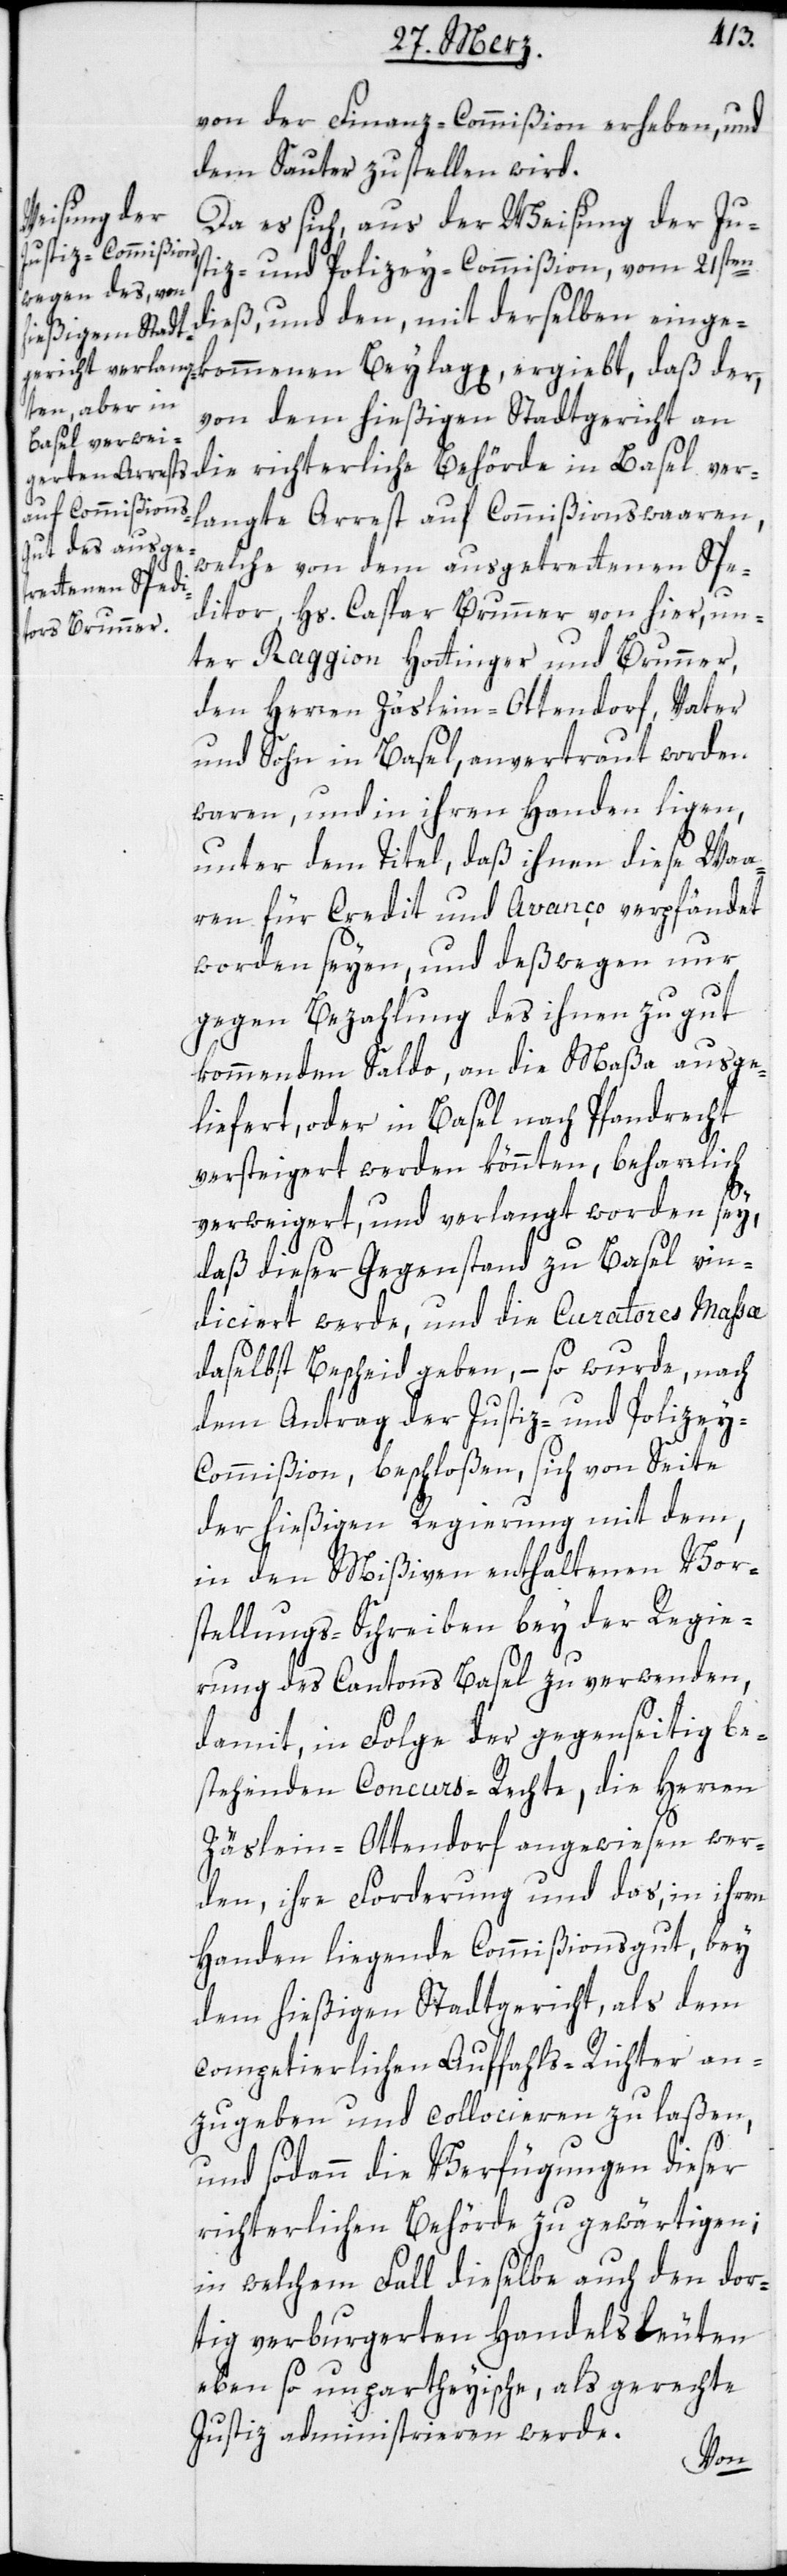
von der Finanz-Commißion erheben, und
dem Sauter zustellen wird.
Da es sich, aus der Weisung der Jus¬
tiz- und Polizey-Commißion, vom 21sten
dieß, und den, mit derselben einge¬
kommenen Beylagg, ergiebt, daß der,
von dem hießigen Stadtgericht an
die richterliche Behörde in Basel ver¬
langte Arrest auf Commißionswaaren,
welche von dem ausgetrettenen Spe¬
ditor, Hs. Caspar Brunner von hier, un¬
ter Raggion Hottinger und Brunner,
den Herren Zäslein-Ottendorf, Vater
und Sohn in Basel, anvertraut worden
waren, und in ihren Handen ligen,
unter dem Titel, daß ihnen diese Waa¬
ren für Credit und Avanço verpfändet
worden seyen, und deßwegen nur
gegen Bezahlung des ihnen zu gut
kommenden Saldo, an die Maßa ausge¬
liefert, oder in Basel nach Pfandrecht
versteigert werden könnten, beharrlich
verweigert, und verlangt worden sey,
daß dieser Gegenstand zu Basel vin¬
diciert werde, und die Curatores Maßa
daselbst Bescheid geben, – so wurde, nach
dem Antrag der Justiz- und Polizey-C¬
ommißion, beschloßen, sich von Seite
der hießigen Regierung mit dem,
in den Mißiven enthaltenen Vor¬
stellungs-Schreiben bey der Regie¬
rung des Cantons Basel zu verwenden,
damit in Folge der gegenseitig be¬
stehenden Concurs-Rechte, die Herren
Zäslein-Ottendorf angewiesen wer¬
den, ihre Forderung und das, in ihren
Handen liegende Commißionsgut, bey
dem hießigen Stadtgericht, als dem
competierlichen Auffahls-Richter an¬
zugeben und collocieren zu laßen,
und sodann die Verfügungen dieser
richterlichen Behörde zu gewärtigen;
in welchem Fall dieselbe auch den dor¬
tig verburgerten Handelsleuten
ebenso unpartheyische, als gerechte
Justiz administrieren werde.